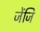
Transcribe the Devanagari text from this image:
जेंजि